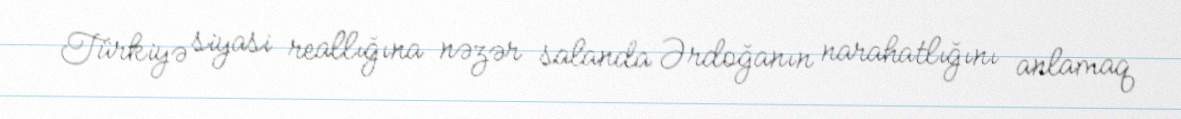
Türkiyə siyasi reallığına nəzər salanda Ərdoğanın narahatlığını anlamaq